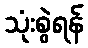
သုံးစွဲရန်